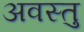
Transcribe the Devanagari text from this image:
अवस्तु